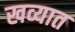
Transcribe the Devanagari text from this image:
खव्यात